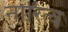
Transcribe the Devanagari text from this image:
नारित्व